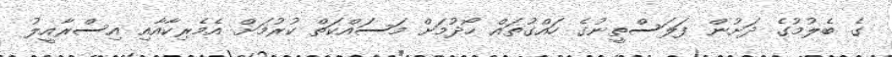
ގެ ބެލުމުގެ ދަށުން ފަލަސްތީނުގެ ހައްގުތައް ހޯދުމަށް މަސައްކަތް ކުރުމަށް އެމެރިކާއާއި އިސްރާއީލު